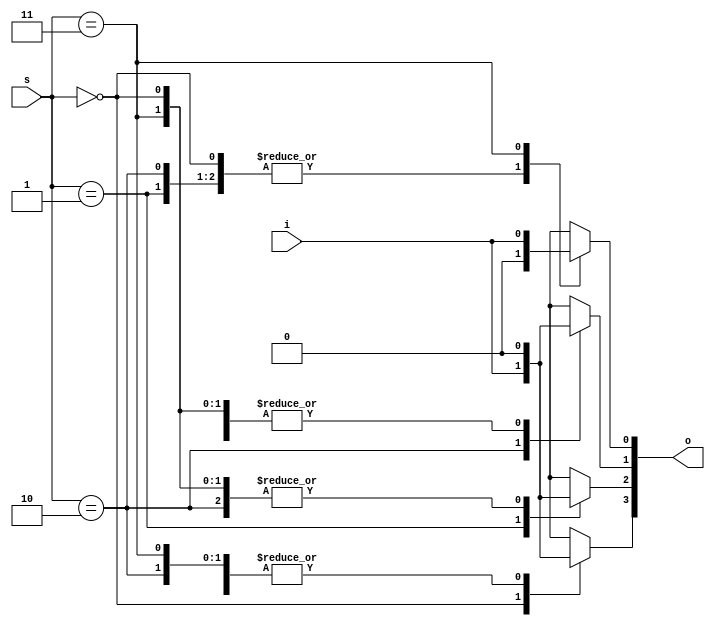
// **************
// * demux*
// **************
// =  =
// [] i [DW]:       
// [] s [CW]:      ,     i
//
// =  =
// [] o [DW*(2**CW)]:
//   *    2**CW  b(k)  DW: o = {b(0), b(1), ..., b(2**CW-1)}
//   *  i     b(s)
//   *      00...0
//
// =  =
// DW [1]:    i   b(k)
// CW [2]:    s     b(k)
module demux(i, s, o);
  parameter DW = 1;
  parameter CW = 2;
  localparam N = 2**CW;
  input [DW-1:0] i;
  input [CW-1:0] s;
  output [DW*N-1:0] o;
  
  reg [DW-1:0] b[0:N-1];
  
  always @(*)
  begin : switch_block
    integer k;
    for(k = 0; k < N; k = k + 1)
      b[k] = {{DW{1'b0}}}; //DW   0
    b[s] = i;
  end
  
  genvar k;
  for(k = 0; k < N; k = k + 1)
    assign o[DW*(N-k)-1:DW*(N-1-k)] = b[k];
endmodule